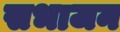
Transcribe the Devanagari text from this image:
सभाजन